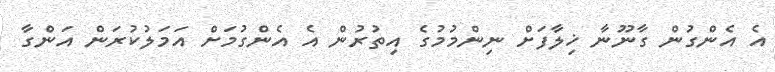
އެ އެންގުން ގާނޫނާ ޚިލާފަށް ނިންމުމުގެ އިތުރުން އެ އެންގުމަށް އަމަލުކުރަން އަންގާ